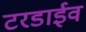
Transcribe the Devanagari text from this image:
टरडाईव